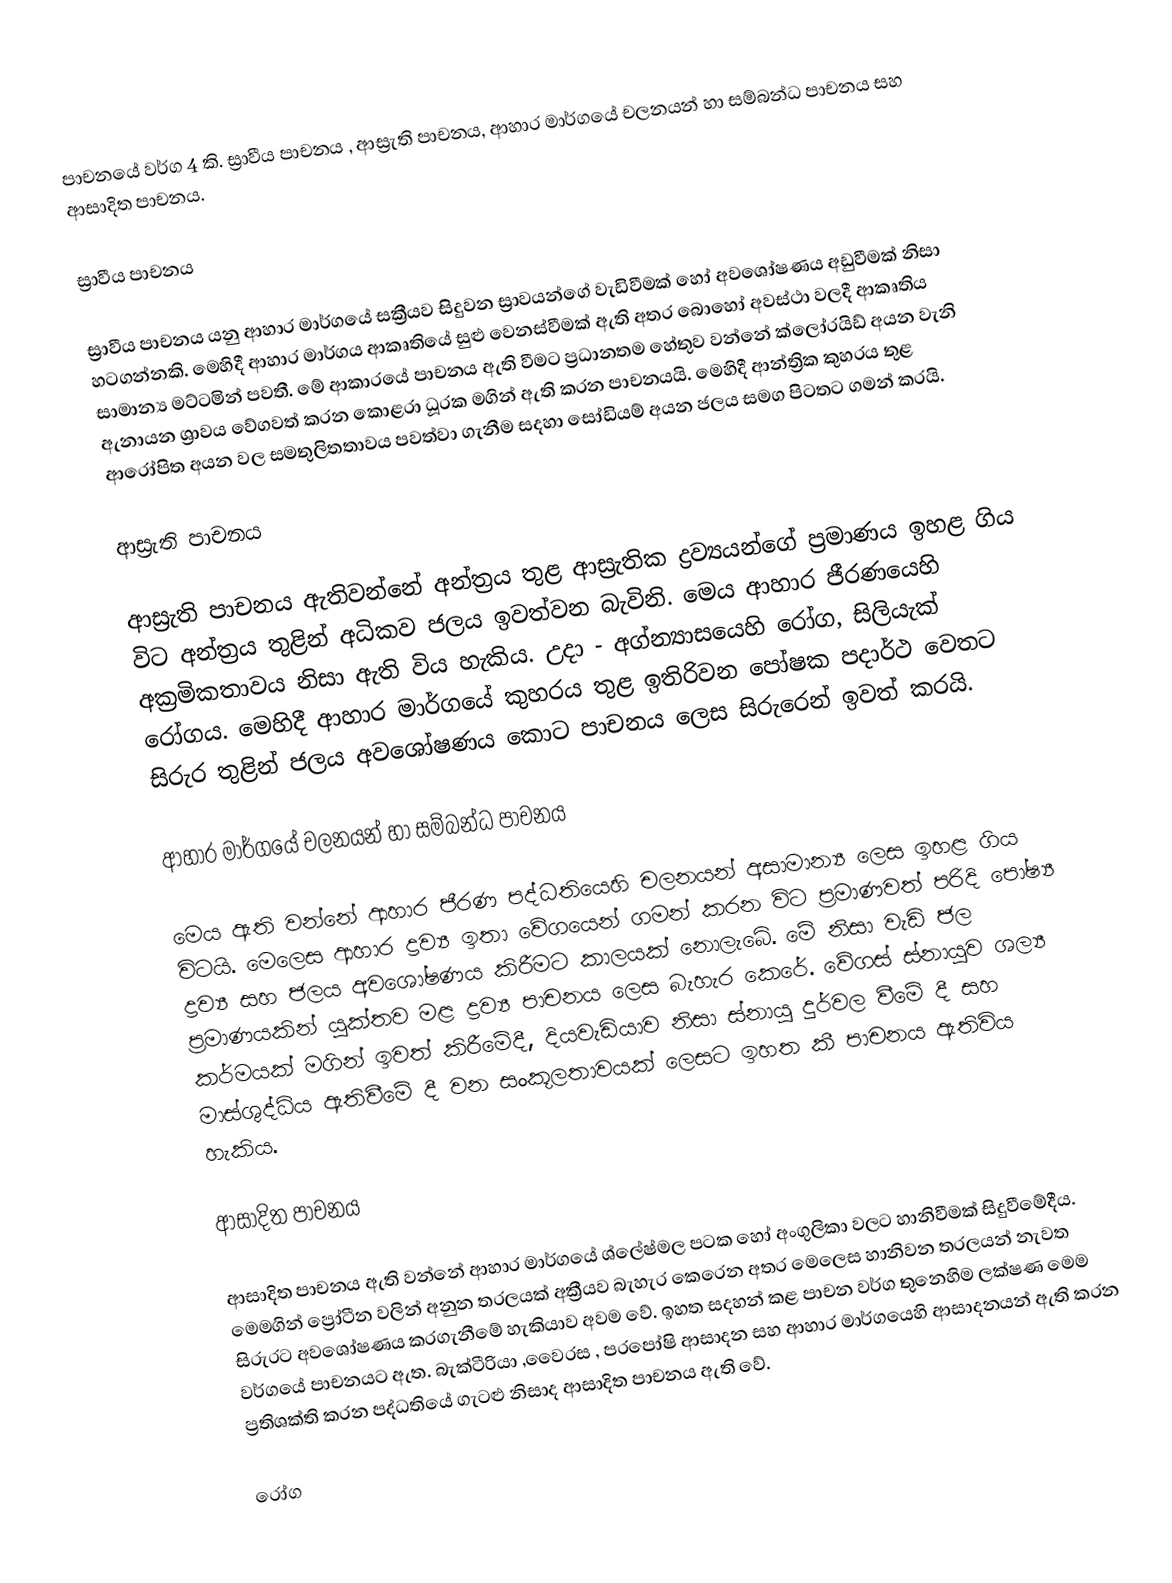
පාචනයේ වර්ග 4 කි. ස්‍රාවීය පාචනය , ආස්‍රැති පාචනය, ආහාර මාර්ගයේ චලනයන් හා සම්බන්ධ පාචනය සහ ආසාදිත පාචනය.

ස්‍රාවීය පාචනය

ස්‍රාවීය පාචනය යනු ආහාර මාර්ගයේ සක්‍රීයව සිදුවන ස්‍රාවයන්ගේ වැඩිවීමක් හෝ අවශෝෂණය අඩුවීමක් නිසා හටගන්නකි. මෙහිදී ආහාර මාර්ගය ආකෘතියේ  සුළු වෙනස්වීමක් ඇති අතර බොහෝ අවස්ථා වලදී ආකෘතිය සාමාන්‍ය මට්ටමින් පවතී. මේ ආකාරයේ පාචනය ඇති වීමට ප්‍රධානතම හේතුව වන්නේ ක්ලෝරයිඩ් අයන වැනි ඇනායන ශ්‍රාවය වේගවත් කරන කොළරා ධූරක මගින් ඇති කරන පාචනයයි. මෙහිදී ආන්ත්‍රික කුහරය තුළ ආරෝපිත අයන වල සමතුලිතතාවය පවත්වා ගැනීම සදහා සෝඩියම් අයන ජලය සමග පිටතට ගමන් කරයි.

ආස්‍රැති පාචනය

ආස්‍රැති පාචනය ඇතිවන්නේ අන්ත්‍රය තුළ ආස්‍රැතික ද්‍රව්‍යයන්ගේ ප්‍රමාණය ඉහළ ගිය විට අන්ත්‍රය තුළින් අධිකව ජලය ඉවත්වන බැවිනි. මෙය ආහාර ජීරණයෙහි අක්‍රමිකතාවය නිසා ඇති විය හැකිය. උදා - අග්න්‍යාසයෙහි රෝග, සිලියැක් රෝගය. මෙහිදී ආහාර මාර්ගයේ කුහරය තුළ ඉතිරිවන පෝෂක පදාර්ථ වෙතට සිරුර තුළින් ජලය අවශෝෂණය කොට පාචනය ලෙස සිරුරෙන් ඉවත් කරයි.

ආහාර මාර්ගයේ චලනයන් හා සම්බන්ධ පාචනය

මෙය ඇති වන්නේ ආහාර ජීරණ පද්ධතියෙහි චලනයන් අසාමාන්‍ය ලෙස ඉහළ ගිය විටයි.  මෙලෙස ආහාර ද්‍රව්‍ය ඉතා වේගයෙන් ගමන් කරන විට ප්‍රමාණවත් පරිදි පෝෂ්‍ය ද්‍රව්‍ය සහ ජලය අවශෝෂණය කිරීමට කාලයක් නොලැබේ. මේ නිසා වැඩි ජල ප්‍රමාණයකින් යුක්තව මළ ද්‍රව්‍ය පාචනය ලෙස බැහැර කෙරේ. වේගස් ස්නායුව ශල්‍ය කර්මයක් මගින් ඉවත් කිරීමේදී, දියවැඩියාව නිසා ස්නායු දුර්වල වීමේ දී සහ මාස්ශුද්ධිය ඇතිවීමේ දී වන සංකූලතාවයක් ලෙසට ඉහත කී පාචනය ඇතිවිය හැකිය.

ආසාදිත පාචනය

ආසාදිත පාචනය ඇති වන්නේ ආහාර මාර්ගයේ ශ්ලේෂ්මල පටක හෝ අංගුලිකා වලට හානිවීමක් සිදුවීමේදීය. මෙමගින් ප්‍රෝටීන වලින්  අනුන තරලයක් අක්‍රීයව බැහැර කෙරෙන අතර මෙලෙස හානිවන තරලයන් නැවත සිරුරට අවශෝෂණය කරගැනීමේ හැකියාව අවම වේ. ඉහත සදහන් කළ පාචන වර්ග තුනෙහිම ලක්ෂණ මෙම වර්ගයේ පාචනයට ඇත. බැක්ටීරියා ,වෛරස , පරපෝෂි ආසාදන සහ ආහාර මාර්ගයෙහි ආසාදනයන් ඇති කරන ප්‍රතිශක්ති කරන පද්ධතියේ ගැටළු නිසාද ආසාදිත පාචනය ඇති වේ.

 රෝග